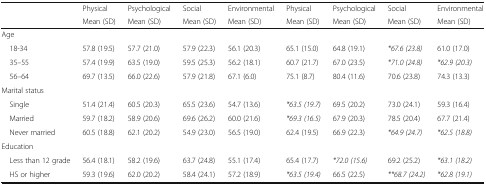
<table><thead><tr><td rowspan="2"></td><td><b>Physical</b></td><td><b>Psychological</b></td><td><b>Social</b></td><td><b>Environmental</b></td><td><b>Physical</b></td><td><b>Psychological</b></td><td><b>Social</b></td><td><b>Environmental</b></td></tr><tr><td><b>Mean (SD)</b></td><td><b>Mean (SD)</b></td><td><b>Mean (SD)</b></td><td><b>Mean (SD)</b></td><td><b>Mean (SD)</b></td><td><b>Mean (SD)</b></td><td><b>Mean (SD)</b></td><td><b>Mean (SD)</b></td></tr></thead><tbody><tr><td colspan="9">Age</td></tr><tr><td> 18-34</td><td>57.8 (19.5)</td><td>57.7 (21.0)</td><td>57.9 (22.3)</td><td>56.1 (20.3)</td><td>65.1 (15.0)</td><td>64.8 (19.1)</td><td><i>*67.6 (23.8)</i></td><td>61.0 (17.0)</td></tr><tr><td> 35–55</td><td>57.4 (19.9)</td><td>63.5 (19.0)</td><td>59.5 (25.3)</td><td>56.2 (18.1)</td><td>60.7 (21.7)</td><td>67.0 (23.5)</td><td><i>*71.0 (24.8)</i></td><td><i>*62.9 (20.3)</i></td></tr><tr><td> 56–64</td><td>69.7 (13.5)</td><td>66.0 (22.6)</td><td>57.9 (21.8)</td><td>67.1 (6.0)</td><td>75.1 (8.7)</td><td>80.4 (11.6)</td><td>70.6 (23.8)</td><td>74.3 (13.3)</td></tr><tr><td colspan="9">Marital status</td></tr><tr><td> Single</td><td>51.4 (21.4)</td><td>60.5 (20.3)</td><td>65.5 (23.6)</td><td>54.7 (13.6)</td><td><i>*63.5 (19.7)</i></td><td>69.5 (20.2)</td><td>73.0 (24.1)</td><td>59.3 (16.4)</td></tr><tr><td> Married</td><td>59.7 (18.2)</td><td>58.9 (20.6)</td><td>69.6 (26.2)</td><td>60.0 (21.6)</td><td><i>*69.3 (16.5)</i></td><td>67.9 (20.3)</td><td>78.5 (20.4)</td><td>67.7 (21.4)</td></tr><tr><td> Never married</td><td>60.5 (18.8)</td><td>62.1 (20.2)</td><td>54.9 (23.0)</td><td>56.5 (19.0)</td><td>62.4 (19.5)</td><td>66.9 (22.3)</td><td><i>*64.9 (24.7)</i></td><td><i>*62.5 (18.8)</i></td></tr><tr><td colspan="9">Education</td></tr><tr><td> Less than 12 grade</td><td>56.4 (18.1)</td><td>58.2 (19.6)</td><td>63.7 (24.8)</td><td>55.1 (17.4)</td><td>65.4 (17.7)</td><td><i>*72.0 (15.6)</i></td><td>69.2 (25.2)</td><td><i>*63.1 (18.2)</i></td></tr><tr><td> HS or higher</td><td>59.3 (19.6)</td><td>62.0 (20.2)</td><td>58.4 (24.1)</td><td>57.2 (18.9)</td><td><i>*63.5 (19.4)</i></td><td>66.5 (22.5)</td><td><i>**68.7 (24.2)</i></td><td><i>*62.8 (19.1)</i></td></tr></tbody></table>